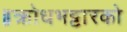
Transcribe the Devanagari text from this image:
॥क्रोधभट्टारको